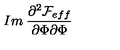
I m \: \frac { \partial ^ { 2 } { \cal F } _ { e f f } } { \partial \Phi \partial \Phi }